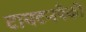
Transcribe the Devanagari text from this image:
टायटनपैकी